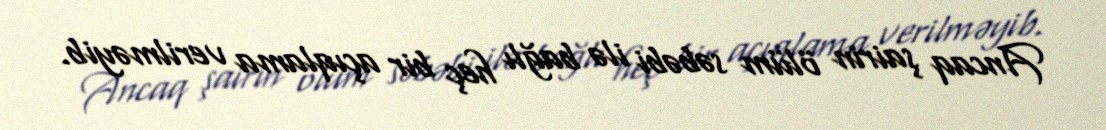
Ancaq şairin ölüm səbəbi ilə bağlı heç bir açıqlama verilməyib.